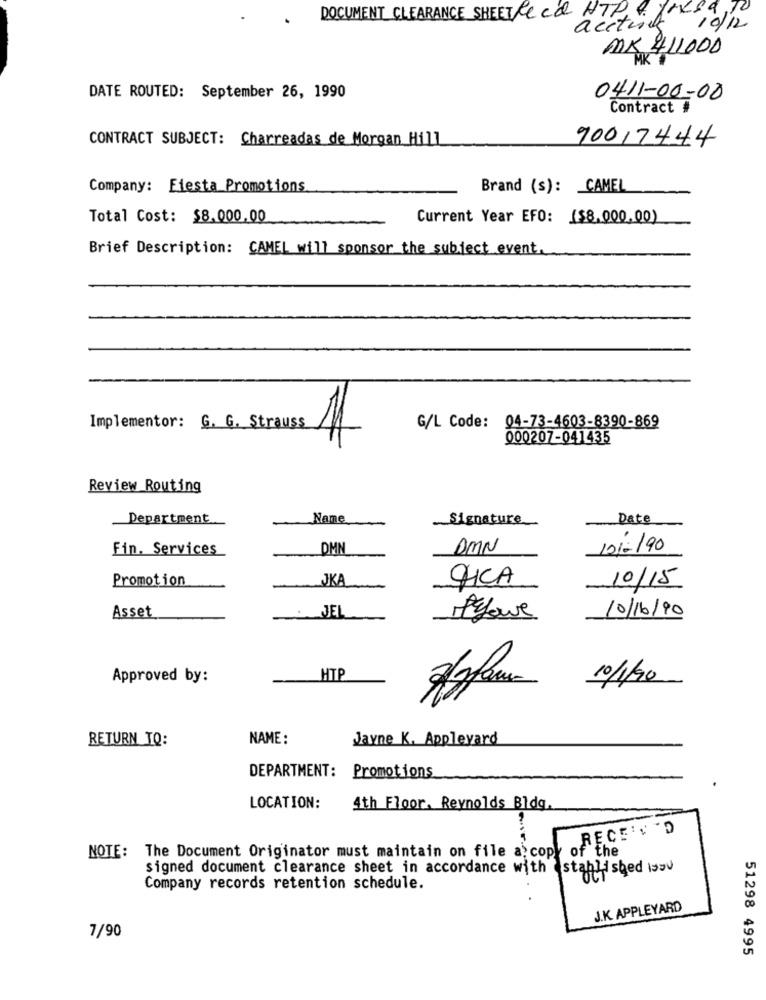
DOCUMENT CLEARANCE SHEETReca HTP & fokSa TO
acetures
10/12
MK 411000
DATE ROUTED: September 26, 1990
0411-00-00
Contract #
CONTRACT SUBJECT: Charreadas de Morgan Hill
90017444
Company: Fiesta Promotions
Brand (s): CAMEL
Total Cost: $8.000.00
Current Year EFO: ($8.000.00)
Brief Description: CAMEL will sponsor the subject event.
Implementor: G. G. Strauss
11
G/L Code: 04-73-4603-8390-869
000207-041435
Review Routing
Department
Name
.. Signature
Date
Fin. Services
DMN
DMN
10/0/90
Promotion
JKA
10/15
LUCA
10/16/90
Asset
Fyowe
Approved by:
HTP
10/1/90
NAME:
Jayne K. Appleyard
RETURN TO:
DEPARTMENT: Promotions
LOCATION:
4th Floor. Reynolds Bldg.
NOTE: The Document Originator must maintain on file a copy of the
PEACE
signed document clearance sheet in accordance with established sou
Company records retention schedule.
J.K. APPLEYARD
7/90
51298 4995